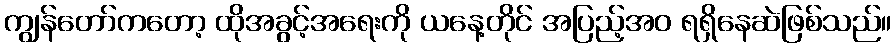
ကျွန်တော်ကတော့ ထိုအခွင့်အရေးကို ယနေ့တိုင် အပြည့်အဝ ရရှိနေဆဲဖြစ်သည်။